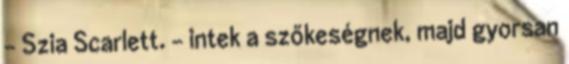
- Szia Scarlett. - intek a szőkeségnek, majd gyorsan